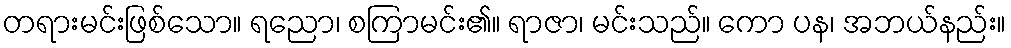
တရားမင်းဖြစ်သော။ ရညော၊ စကြာမင်း၏။ ရာဇာ၊ မင်းသည်။ ကော ပန၊ အဘယ်နည်း။